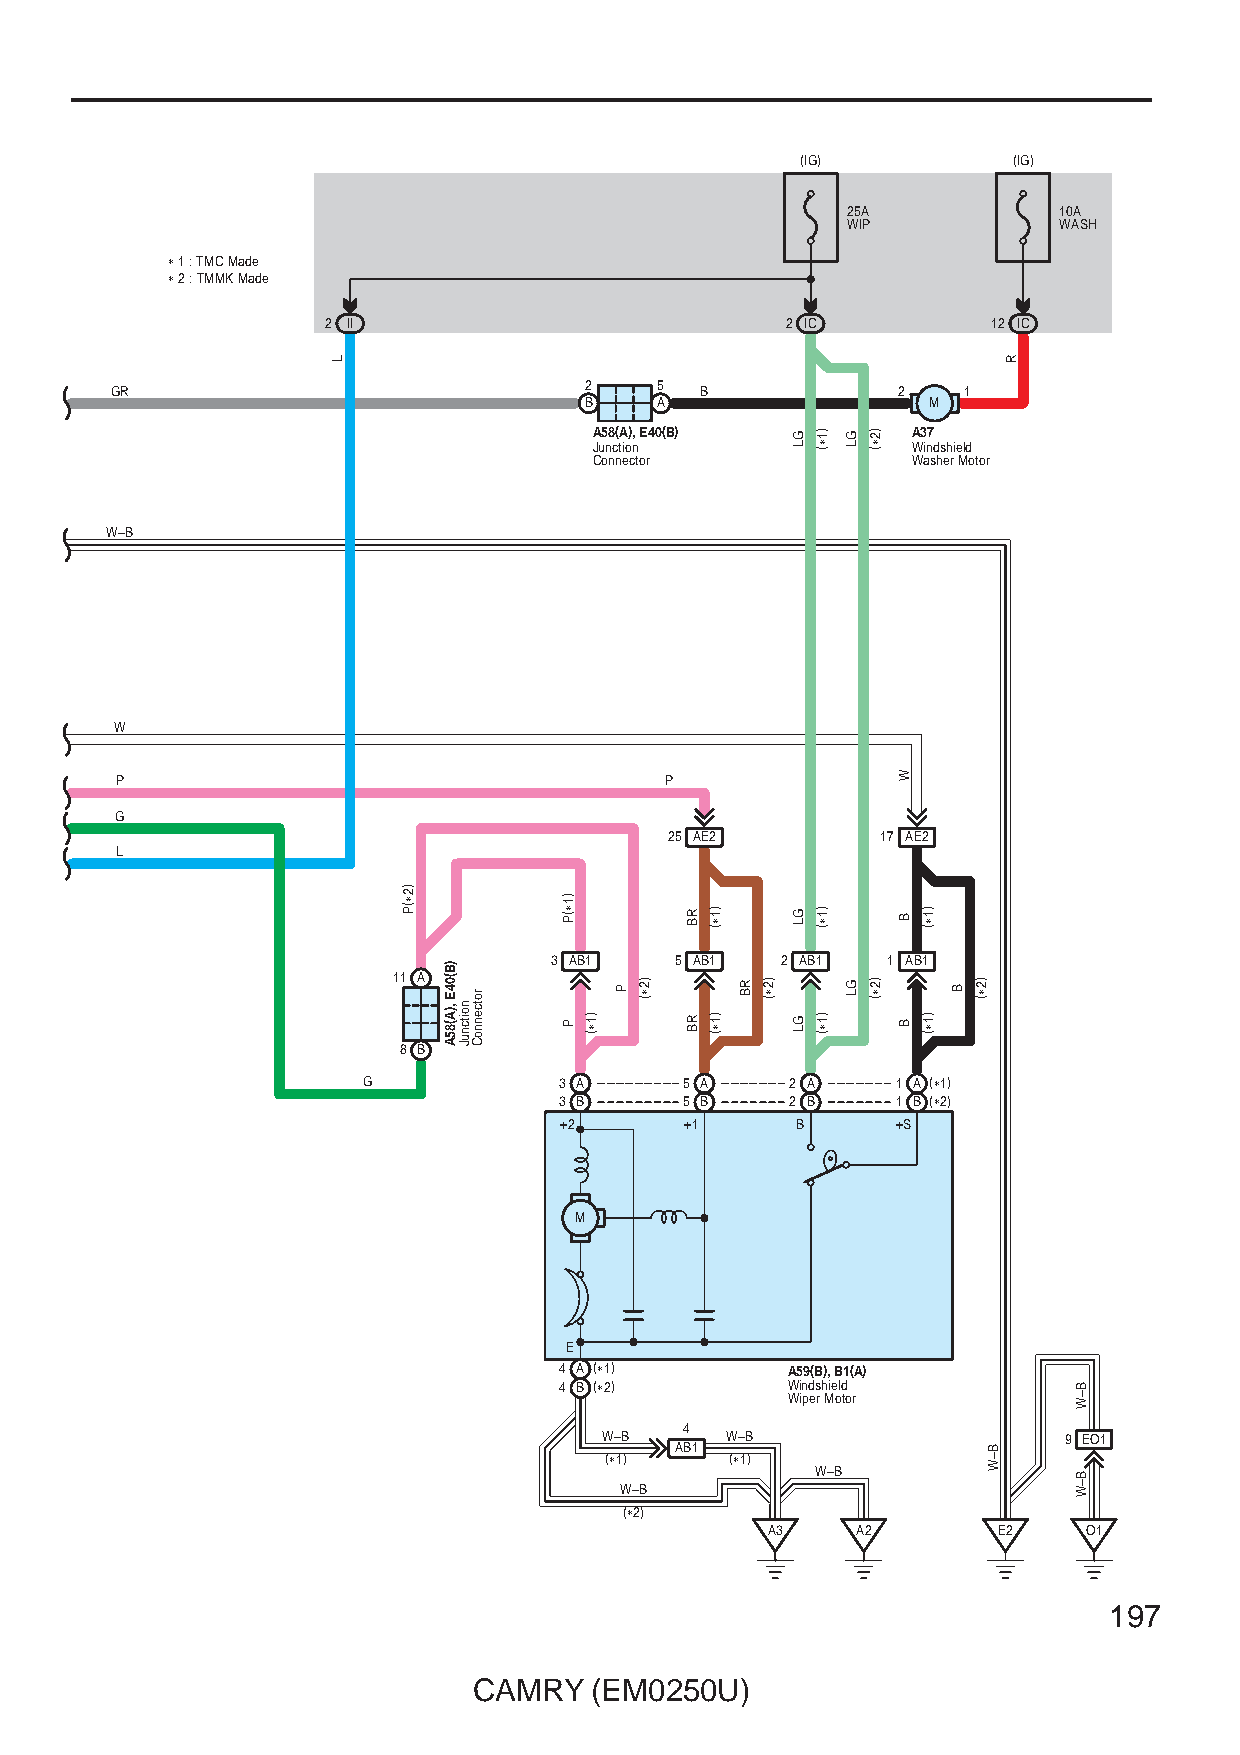
(IG)          (IG)
 25A           10A
 WIP           WASH
 ∗ 1 : TMC Made
 ∗ 2 : TMMK Made
 2 II                          2 IC          12 IC
 GR                              2   5  B            2    1
 B   A                  M
 A58(A), E40(B)       A37
 Junction             Windshield
 Connector            Washer Motor
 W–B
 W
 P                                   P
 G
 25 AE2        17 AE2
 L
 3 AB1    5 AB1  2 AB1  1 AB1
 11 A
 8 B
 G            3 A     5 A    2 A    1 A (∗1)
 3 B     5 B    2 B    1 B (∗2)
 +2      +1      B     +S
 M
 E
 4 A (∗1)       A59(B), B1(A)
 4 B (∗2)       Windshield
 Wiper Motor
 4
 W–B     W–B                   9 EO1
 AB1
 (∗1)    (∗1)
 W–B
 W–B
 (∗2)
 A3    A2       E2    O1
 197
 CAMRY   (EM0250U)
 L
 )2∗(P
 )B(04E
 ,)A(85A noitcnuJ
 rotcennoC
 )1∗(P
 P )1∗(
 P )2∗(
 RB
 RB
 )1∗(
 )1∗(
 RB )2∗(
 GL
 GL
 GL
 )1∗(
 )1∗(
 )1∗(
 GL
 GL
 )2∗(
 )2∗(
 W
 B
 B
 )1∗(
 )1∗(
 B )2∗(
 B–W
 R
 B–W
 B–W